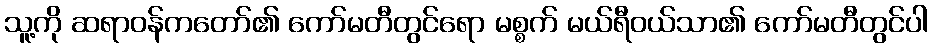
သူ့ကို ဆရာဝန်ကတော်၏ ကော်မတီတွင်ရော မစ္စက် မယ်ရီဝယ်သာ၏ ကော်မတီတွင်ပါ